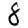
Digit: 8